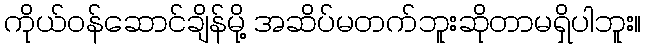
ကိုယ်ဝန်ဆောင်ချိန်မို့ အဆိပ်မတက်ဘူးဆိုတာမရှိပါဘူး။